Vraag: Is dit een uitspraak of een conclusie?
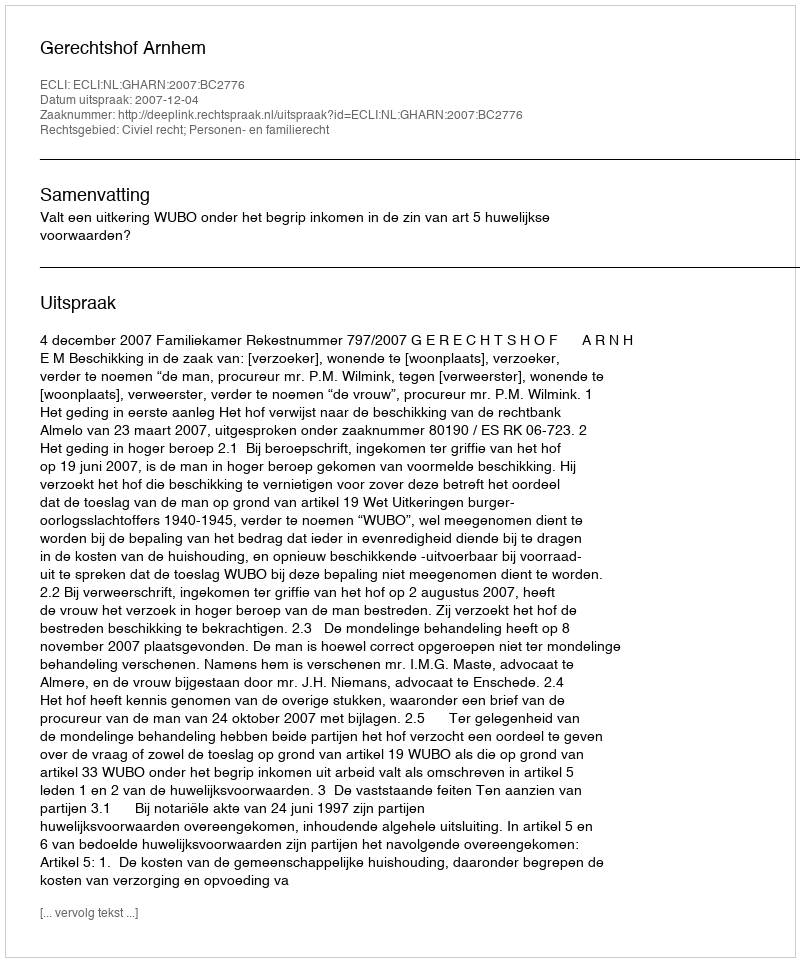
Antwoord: Uitspraak